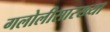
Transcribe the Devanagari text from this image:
गलोलीसारख्या